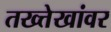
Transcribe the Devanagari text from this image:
तख्त्तेखांवर